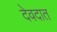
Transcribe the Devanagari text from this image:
देवदात